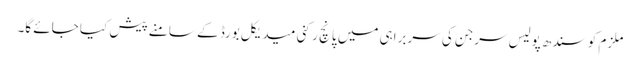
ملزم کو سندھ پولیس سرجن کی سربراہی میں پانچ رکنی میدیکل بورڈ کے سامنے پیش کیا جائے گا۔